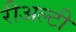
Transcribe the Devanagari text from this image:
रीअल्टी